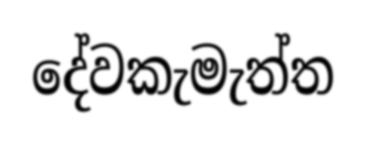
දේවකැමැත්ත